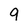
Character: 9